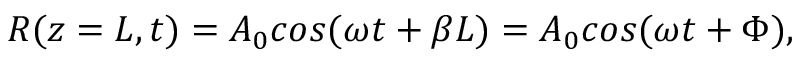
R ( z = L , t ) = A _ { 0 } c o s ( \omega t + \beta L ) = A _ { 0 } c o s ( \omega t + \Phi ) ,